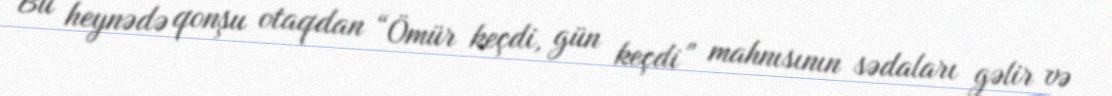
Bu heynədə qonşu otaqdan “Ömür keçdi, gün keçdi” mahnısının sədaları gəlir və